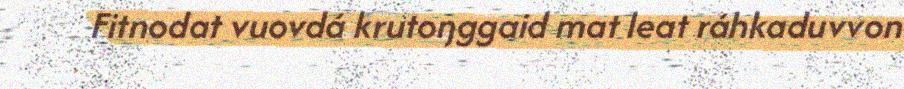
Fitnodat vuovdá krutoŋggaid mat leat ráhkaduvvon